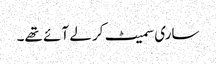
ساری سمیٹ کر لے آئے تھے۔